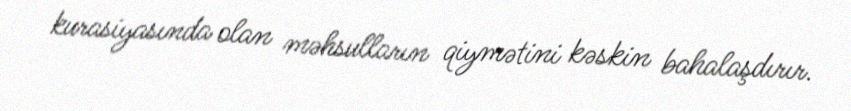
kurasiyasında olan məhsulların qiymətini kəskin bahalaşdırır.